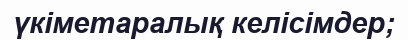
үкіметаралық келісімдер;